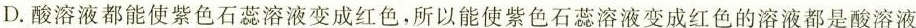
D.酸溶液都能使紫色石蕊溶液变成红色，所以能使紫色石蕊溶液变成红色的溶液都是酸溶液